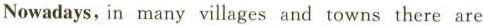
Nowadays, in many villages and towns there are